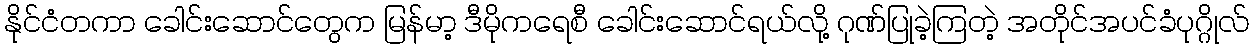
နိုင်ငံတကာ ခေါင်းဆောင်တွေက မြန်မာ့ ဒီမိုကရေစီ ခေါင်းဆောင်ရယ်လို့ ဂုဏ်ပြုခဲ့ကြတဲ့ အတိုင်အပင်ခံပုဂ္ဂိုလ်